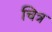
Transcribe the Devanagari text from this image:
चित्र